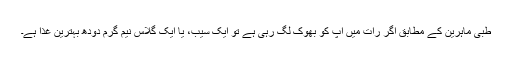
طبی ماہرین کے مطابق اگر رات میں آپ کو بھوک لگ رہی ہے تو ایک سیب، یا ایک گلاس نیم گرم دودھ بہترین غذا ہے۔